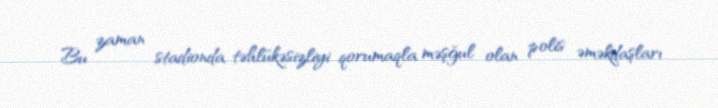
Bu zaman stadionda təhlükəsizliyi qorumaqla məşğul olan polis əməkdaşları